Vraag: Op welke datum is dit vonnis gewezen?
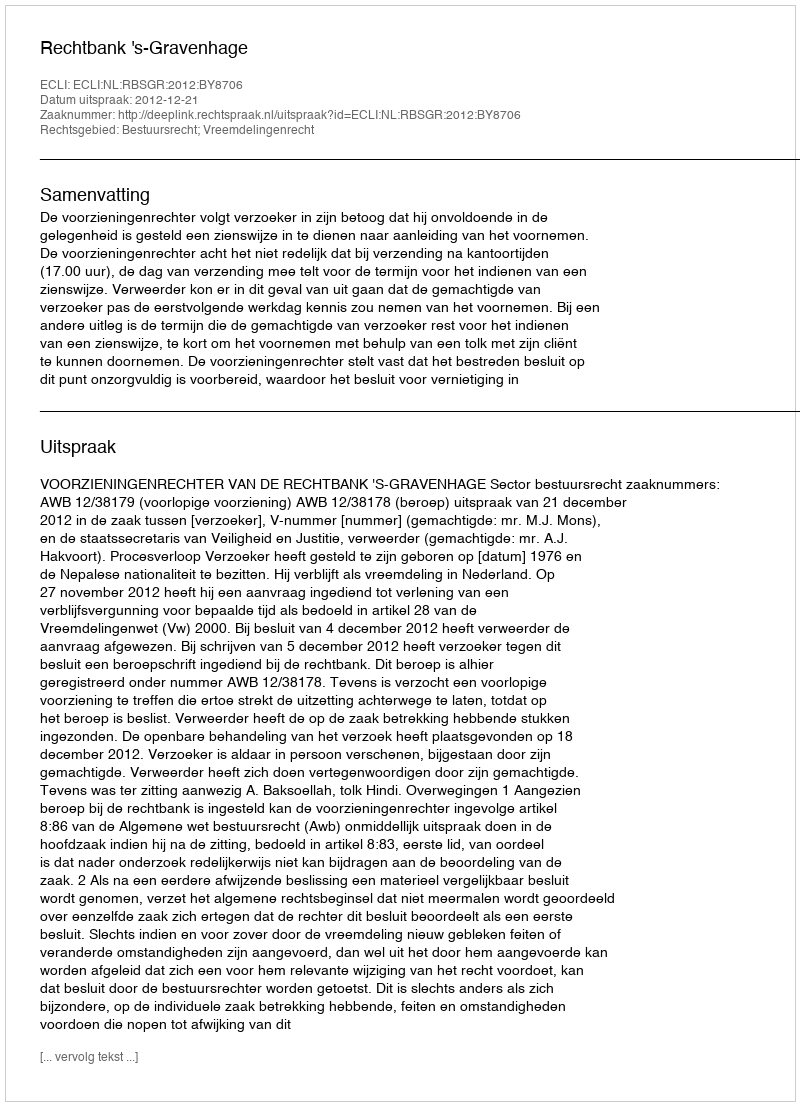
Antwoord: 2012-12-21